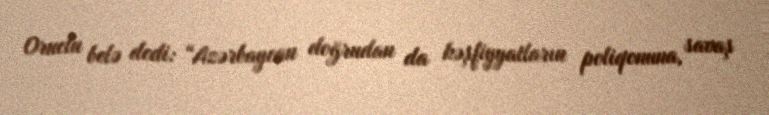
Oruclu belə dedi: “Azərbaycan doğrudan da kəşfiyyatların poliqonuna, savaş